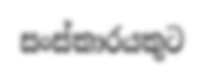
සංස්කාරයකුට